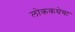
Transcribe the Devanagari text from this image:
लोककथेचा